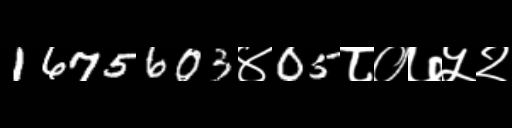
Text: 1675603४05८०७५२